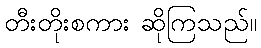
တီးတိုးစကား ဆိုကြသည်။